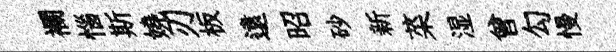
襴惱斯嬈刃板遠昭砂新菜湿曾勾慢